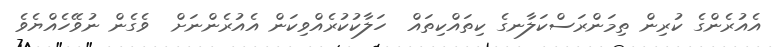
އެއުރެންގެ ކުރިން ތިމަންރަސްކަލާނގެ ކިތައްކިތައް  ހަލާކުކުރެއްވިކަން އެއުރެންނަށް  ވެގެން ނުވޭހެއްޔެވެ